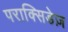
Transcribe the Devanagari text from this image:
पराक्सिडेज़